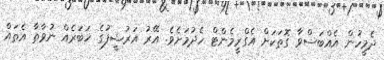
ދެމީހުން އެއްބަސްވާ ގޮތަކަށް އެގްރީމެންޓް ހެދުމަށެވެ. އޭރު އަރުޝީފުގެ ޚަބަރެއް ނުވާތާ އެތައް